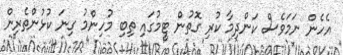
އެހެން ނަމަވެސް ކަންދިމާ ކުރި ގޮތުން ޓީމުގައި ތިބި މުހިންމު ގިނަ ކުޅުންތެރިން